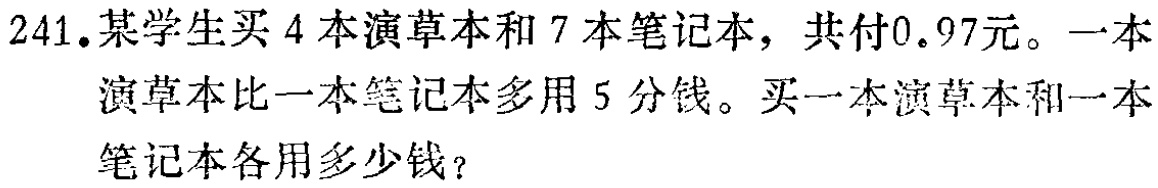
241.某学生买4本演草本和7本笔记本，共付0.97元。一本演草本比一本笔记本多用5分钱。买一本演草本和一本笔记本各用多少钱？